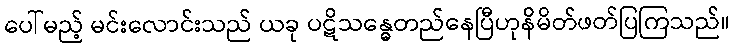
ပေါ်မည့် မင်းလောင်းသည် ယခု ပဋိသန္ဓေတည်နေပြီဟုနိမိတ်ဖတ်ပြကြသည်။